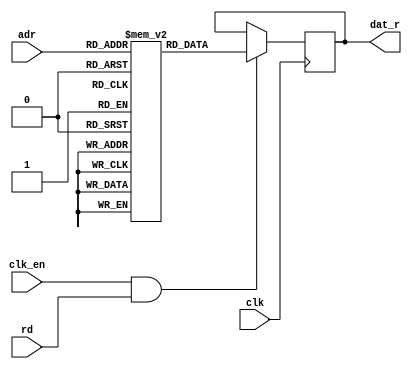
// rom_generic_sp.v
// A generic single-port ROM
// 2020, Rok Krajnc <rok.krajnc@gmail.com>


module rom_generic_sp #(
  parameter MI = "",              // memory initialization file, loaded with $readmemh
  parameter DW = 8,               // data width
  parameter MD = 1024,            // memory depth
  parameter AW = $clog2(MD)       // address width
)(
  // system
  input  wire           clk,      // clock
  input  wire           clk_en,   // clock enable
  // memory port
  input  wire           rd,       // read enable
  input  wire [ AW-1:0] adr,      // read address
  output wire [ DW-1:0] dat_r     // read data
);


//// memory ////
reg [DW-1:0] mem [0:MD-1];


//// memory initialization ////
initial begin
  if (MI == "") begin : MEM_FILL_BLK
/*
    integer i;
    for (i=0; i<MD; i=i+1) mem[i] = i; */
  end else begin : MEM_LOAD_BLK
    $readmemh(MI, mem);
  end
end


//// memory read ////
reg  [DW-1:0] mem_dat_r;

always @ (posedge clk) begin
  if (clk_en && rd)
    mem_dat_r <= #1 mem[adr];
end


//// output ////
assign dat_r = mem_dat_r;


endmodule